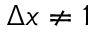
\Delta x \neq 1